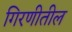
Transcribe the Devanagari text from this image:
गिरणीतील